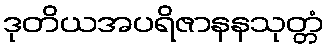
ဒုတိယအပရိဇာနနသုတ္တံ